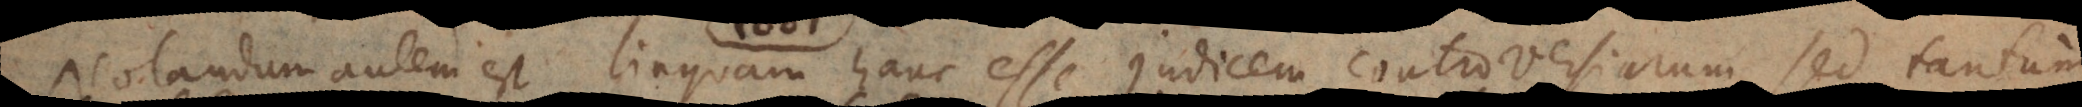
Notandum autem est linguam hanc esse judicem controversiarum, sed tantum